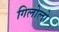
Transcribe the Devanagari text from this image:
गिलोलो